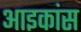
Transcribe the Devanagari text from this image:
आइकांस